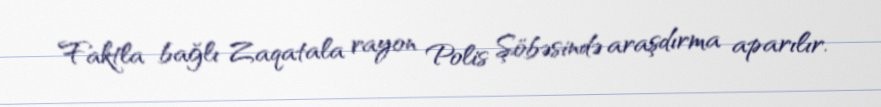
Faktla bağlı Zaqatala rayon Polis Şöbəsində araşdırma aparılır.